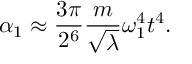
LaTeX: \alpha _ { 1 } \approx \frac { 3 \pi } { 2 ^ { 6 } } \frac { m } { \sqrt \lambda } \omega _ { 1 } ^ { 4 } t ^ { 4 } .